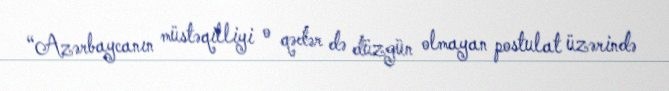
“Azərbaycanın müstəqilliyi o qədər də düzgün olmayan postulat üzərində